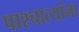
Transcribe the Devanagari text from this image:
पाश्चात्यांना